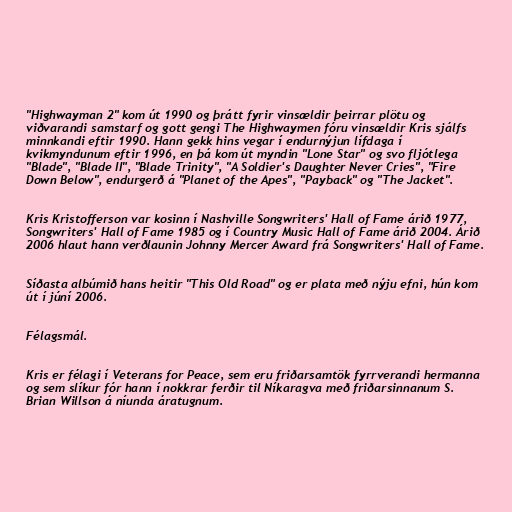
"Highwayman 2" kom út 1990 og þrátt fyrir vinsældir þeirrar plötu og
viðvarandi samstarf og gott gengi The Highwaymen fóru vinsældir Kris sjálfs
minnkandi eftir 1990. Hann gekk hins vegar í endurnýjun lífdaga í
kvikmyndunum eftir 1996, en þá kom út myndin "Lone Star" og svo fljótlega
"Blade", "Blade II", "Blade Trinity", "A Soldier's Daughter Never Cries", "Fire
Down Below", endurgerð á "Planet of the Apes", "Payback" og "The Jacket".

Kris Kristofferson var kosinn í Nashville Songwriters' Hall of Fame árið 1977,
Songwriters' Hall of Fame 1985 og í Country Music Hall of Fame árið 2004. Árið
2006 hlaut hann verðlaunin Johnny Mercer Award frá Songwriters' Hall of Fame.

Síðasta albúmið hans heitir "This Old Road" og er plata með nýju efni, hún kom
út í júní 2006.

Félagsmál.

Kris er félagi í Veterans for Peace, sem eru friðarsamtök fyrrverandi hermanna
og sem slíkur fór hann í nokkrar ferðir til Níkaragva með friðarsinnanum S.
Brian Willson á níunda áratugnum.